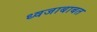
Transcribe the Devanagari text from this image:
ध्वजाबाबत